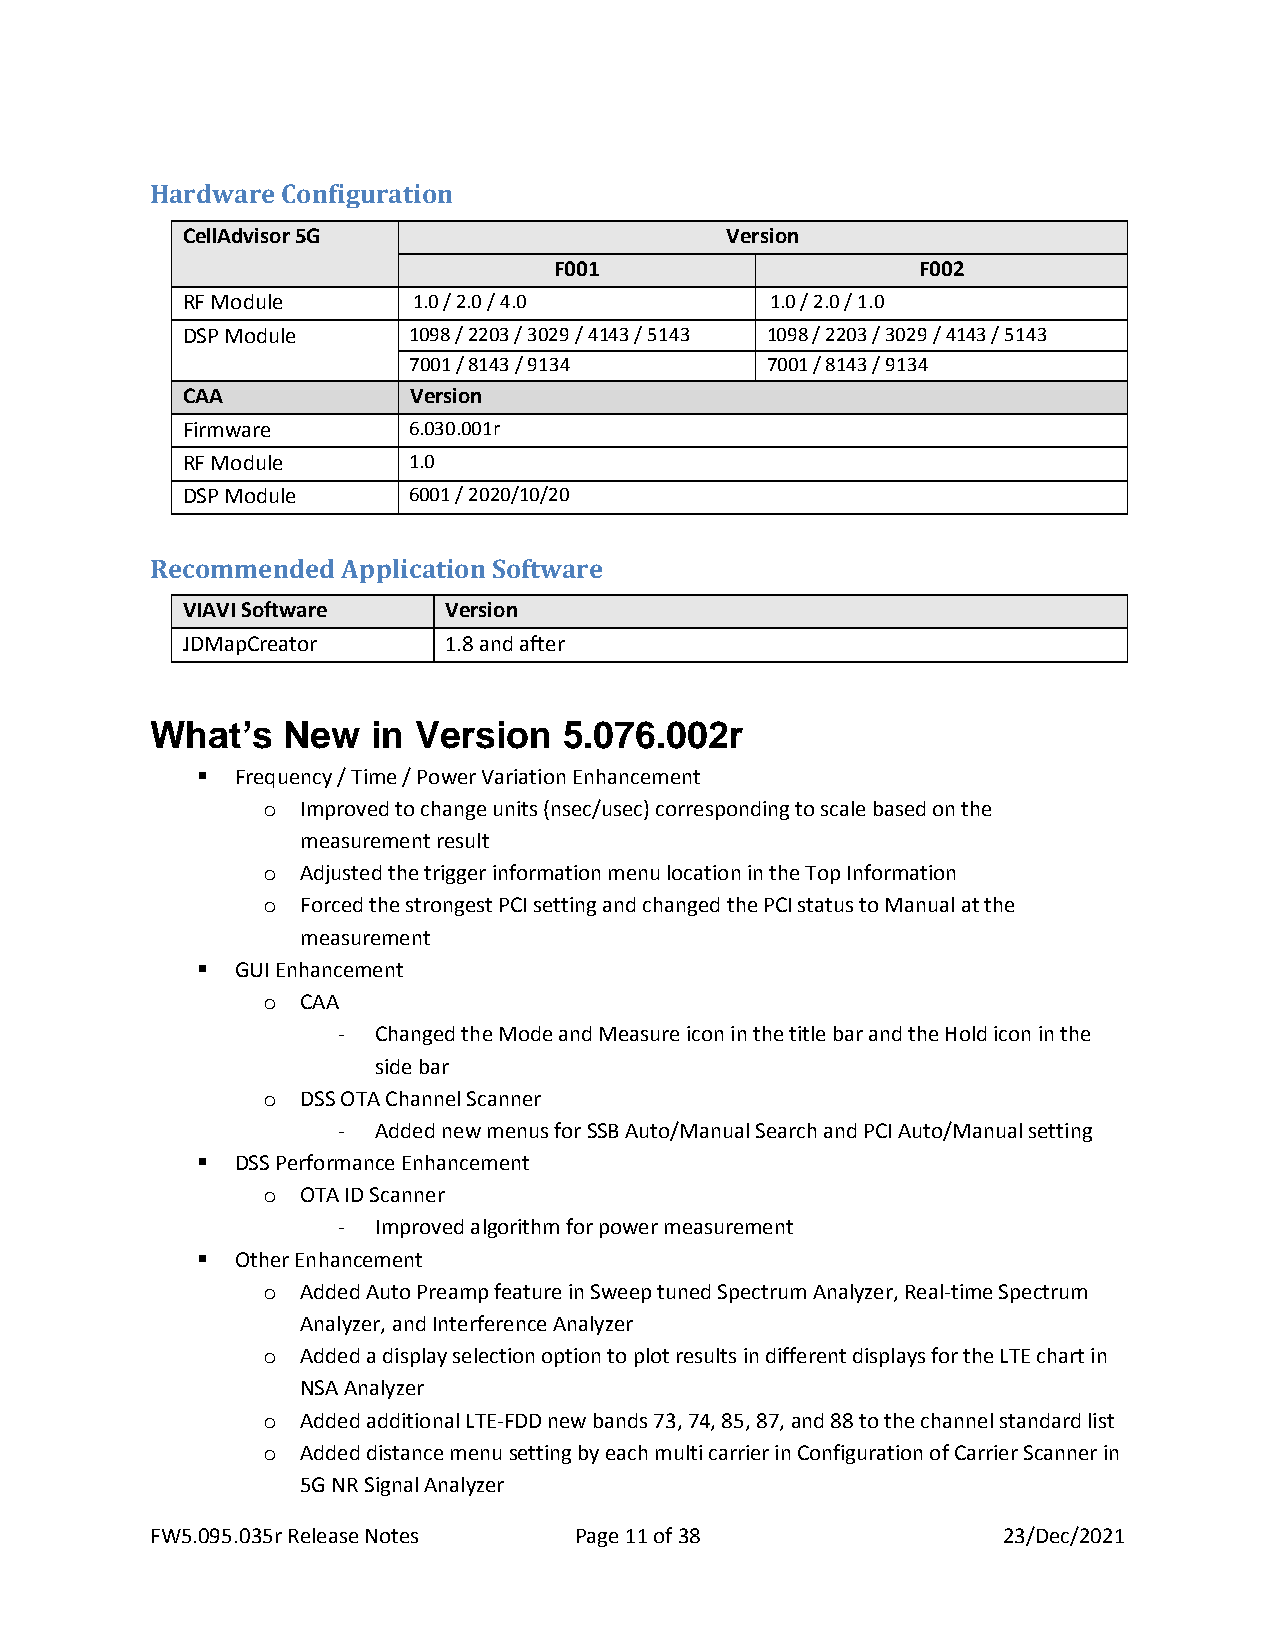
Hardware Configuration
 CellAdvisor 5G                      Version
 F001                    F002
 RF Module      1.0 / 2.0 / 4.0         1.0 / 2.0 / 1.0
 DSP Module     1098 / 2203 / 3029 / 4143 / 5143 1098 / 2203 / 3029 / 4143 / 5143
 7001 / 8143 / 9134      7001 / 8143 / 9134
 CAA            Version
 Firmware       6.030.001r
 RF Module      1.0
 DSP Module     6001 / 2020/10/20
 Recommended  Application Software
 VIAVI Software   Version
 JDMapCreator     1.8 and after
 What’s   New   in Version  5.076.002r
 ▪  Frequency / Time / Power Variation Enhancement
 o  Improved to change units (nsec/usec) corresponding to scale based on the
 measurement result
 o  Adjusted the trigger information menu location in the Top Information
 o  Forced the strongest PCI setting and changed the PCI status to Manual at the
 measurement
 ▪  GUI Enhancement
 o  CAA
 -  Changed the Mode and Measure icon in the title bar and the Hold icon in the
 side bar
 o  DSS OTA Channel Scanner
 -  Added new menus for SSB Auto/Manual Search and PCI Auto/Manual setting
 ▪  DSS Performance Enhancement
 o  OTA ID Scanner
 -  Improved algorithm for power measurement
 ▪  Other Enhancement
 o  Added Auto Preamp feature in Sweep tuned Spectrum Analyzer, Real-time Spectrum
 Analyzer, and Interference Analyzer
 o  Added a display selection option to plot results in different displays for the LTE chart in
 NSA Analyzer
 o  Added additional LTE-FDD new bands 73, 74, 85, 87, and 88 to the channel standard list
 o  Added distance menu setting by each multi carrier in Configuration of Carrier Scanner in
 5G NR Signal Analyzer
 FW5.095.035r Release Notes  Page 11 of 38               23/Dec/2021